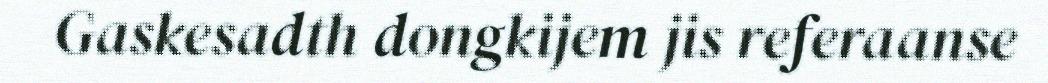
Gaskesadth dongkijem jis referaanse